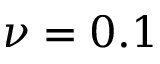
\nu = 0 . 1